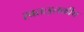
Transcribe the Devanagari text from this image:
स्वतःइतकीच